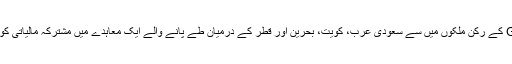
جون میں خلیجی تعاون کی کونسل GCC کے رکن ملکوں میں سے سعودی عرب، کویت، بحرین اور قطر کے درمیان طے پانے والے ایک معاہدے میں مشترکہ مالیاتی کونسل کے قیام کی منظوری دی گئی تھی۔